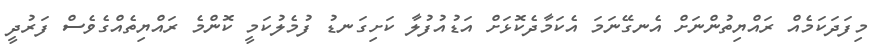
މިފަދަކަމެއް ރައްޔިތުންނަށް އެނގޭނަމަ އެކަމާދެކޮޅަށް އަޑުއުފުލާ ކަށިގަނޑު ފުމެލުކަމީ ކޮންމެ ރައްޔިތެއްގެވެސް ފަރުދީ